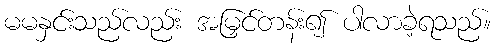
မမနှင်းသည်လည်း အမြှင်တန်း၍ ပါလာခဲ့ရသည်။